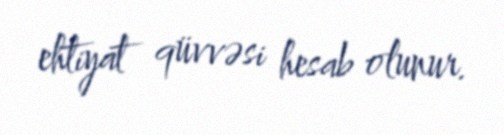
ehtiyat qüvvəsi hesab olunur.